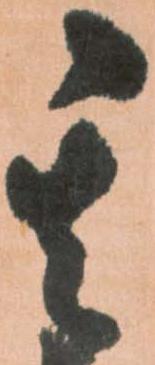
其